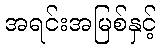
အရင်းအမြစ်နှင့်